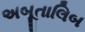
અબૂતાલિબ